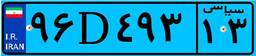
۷۸D۸۵۹۵۹